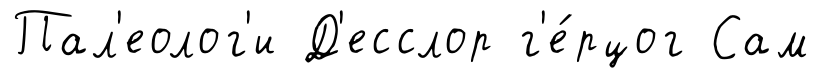
Пал'еолог'и Д'есслор г'е́рцог Сам